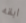
ابقه